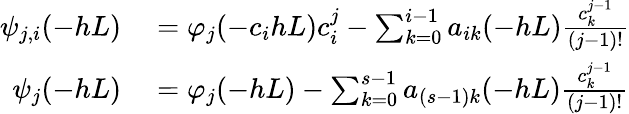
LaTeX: \begin{array}{rl}{\psi_{j,i}(-hL)}&{{}=\varphi_{j}(-c_{i}hL)c_{i}^{j}-\sum_{k=0}^{i-1}a_{ik}(-hL)\frac{c_{k}^{j-1}}{(j-1)!}}\\ {\psi_{j}(-hL)}&{{}=\varphi_{j}(-hL)-\sum_{k=0}^{s-1}a_{(s-1)k}(-hL)\frac{c_{k}^{j-1}}{(j-1)!}}\end{array}